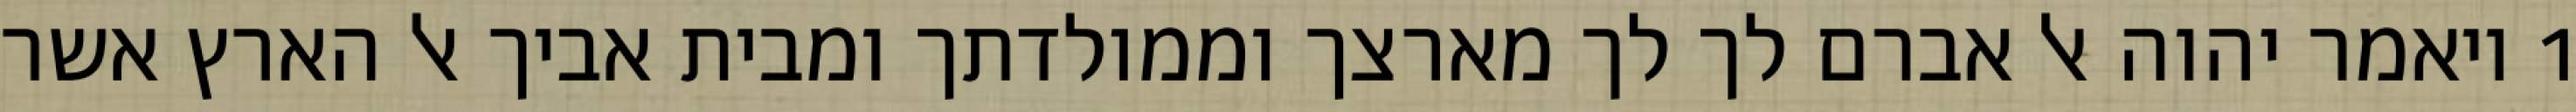
1 ויאמר יהוה אל אברם לך לך מארצך וממולדתך ומבית אביך אל הארץ אשר